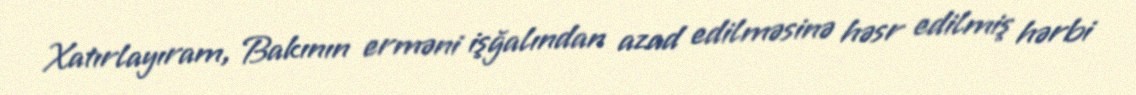
Xatırlayıram, Bakının erməni işğalından azad edilməsinə həsr edilmiş hərbi